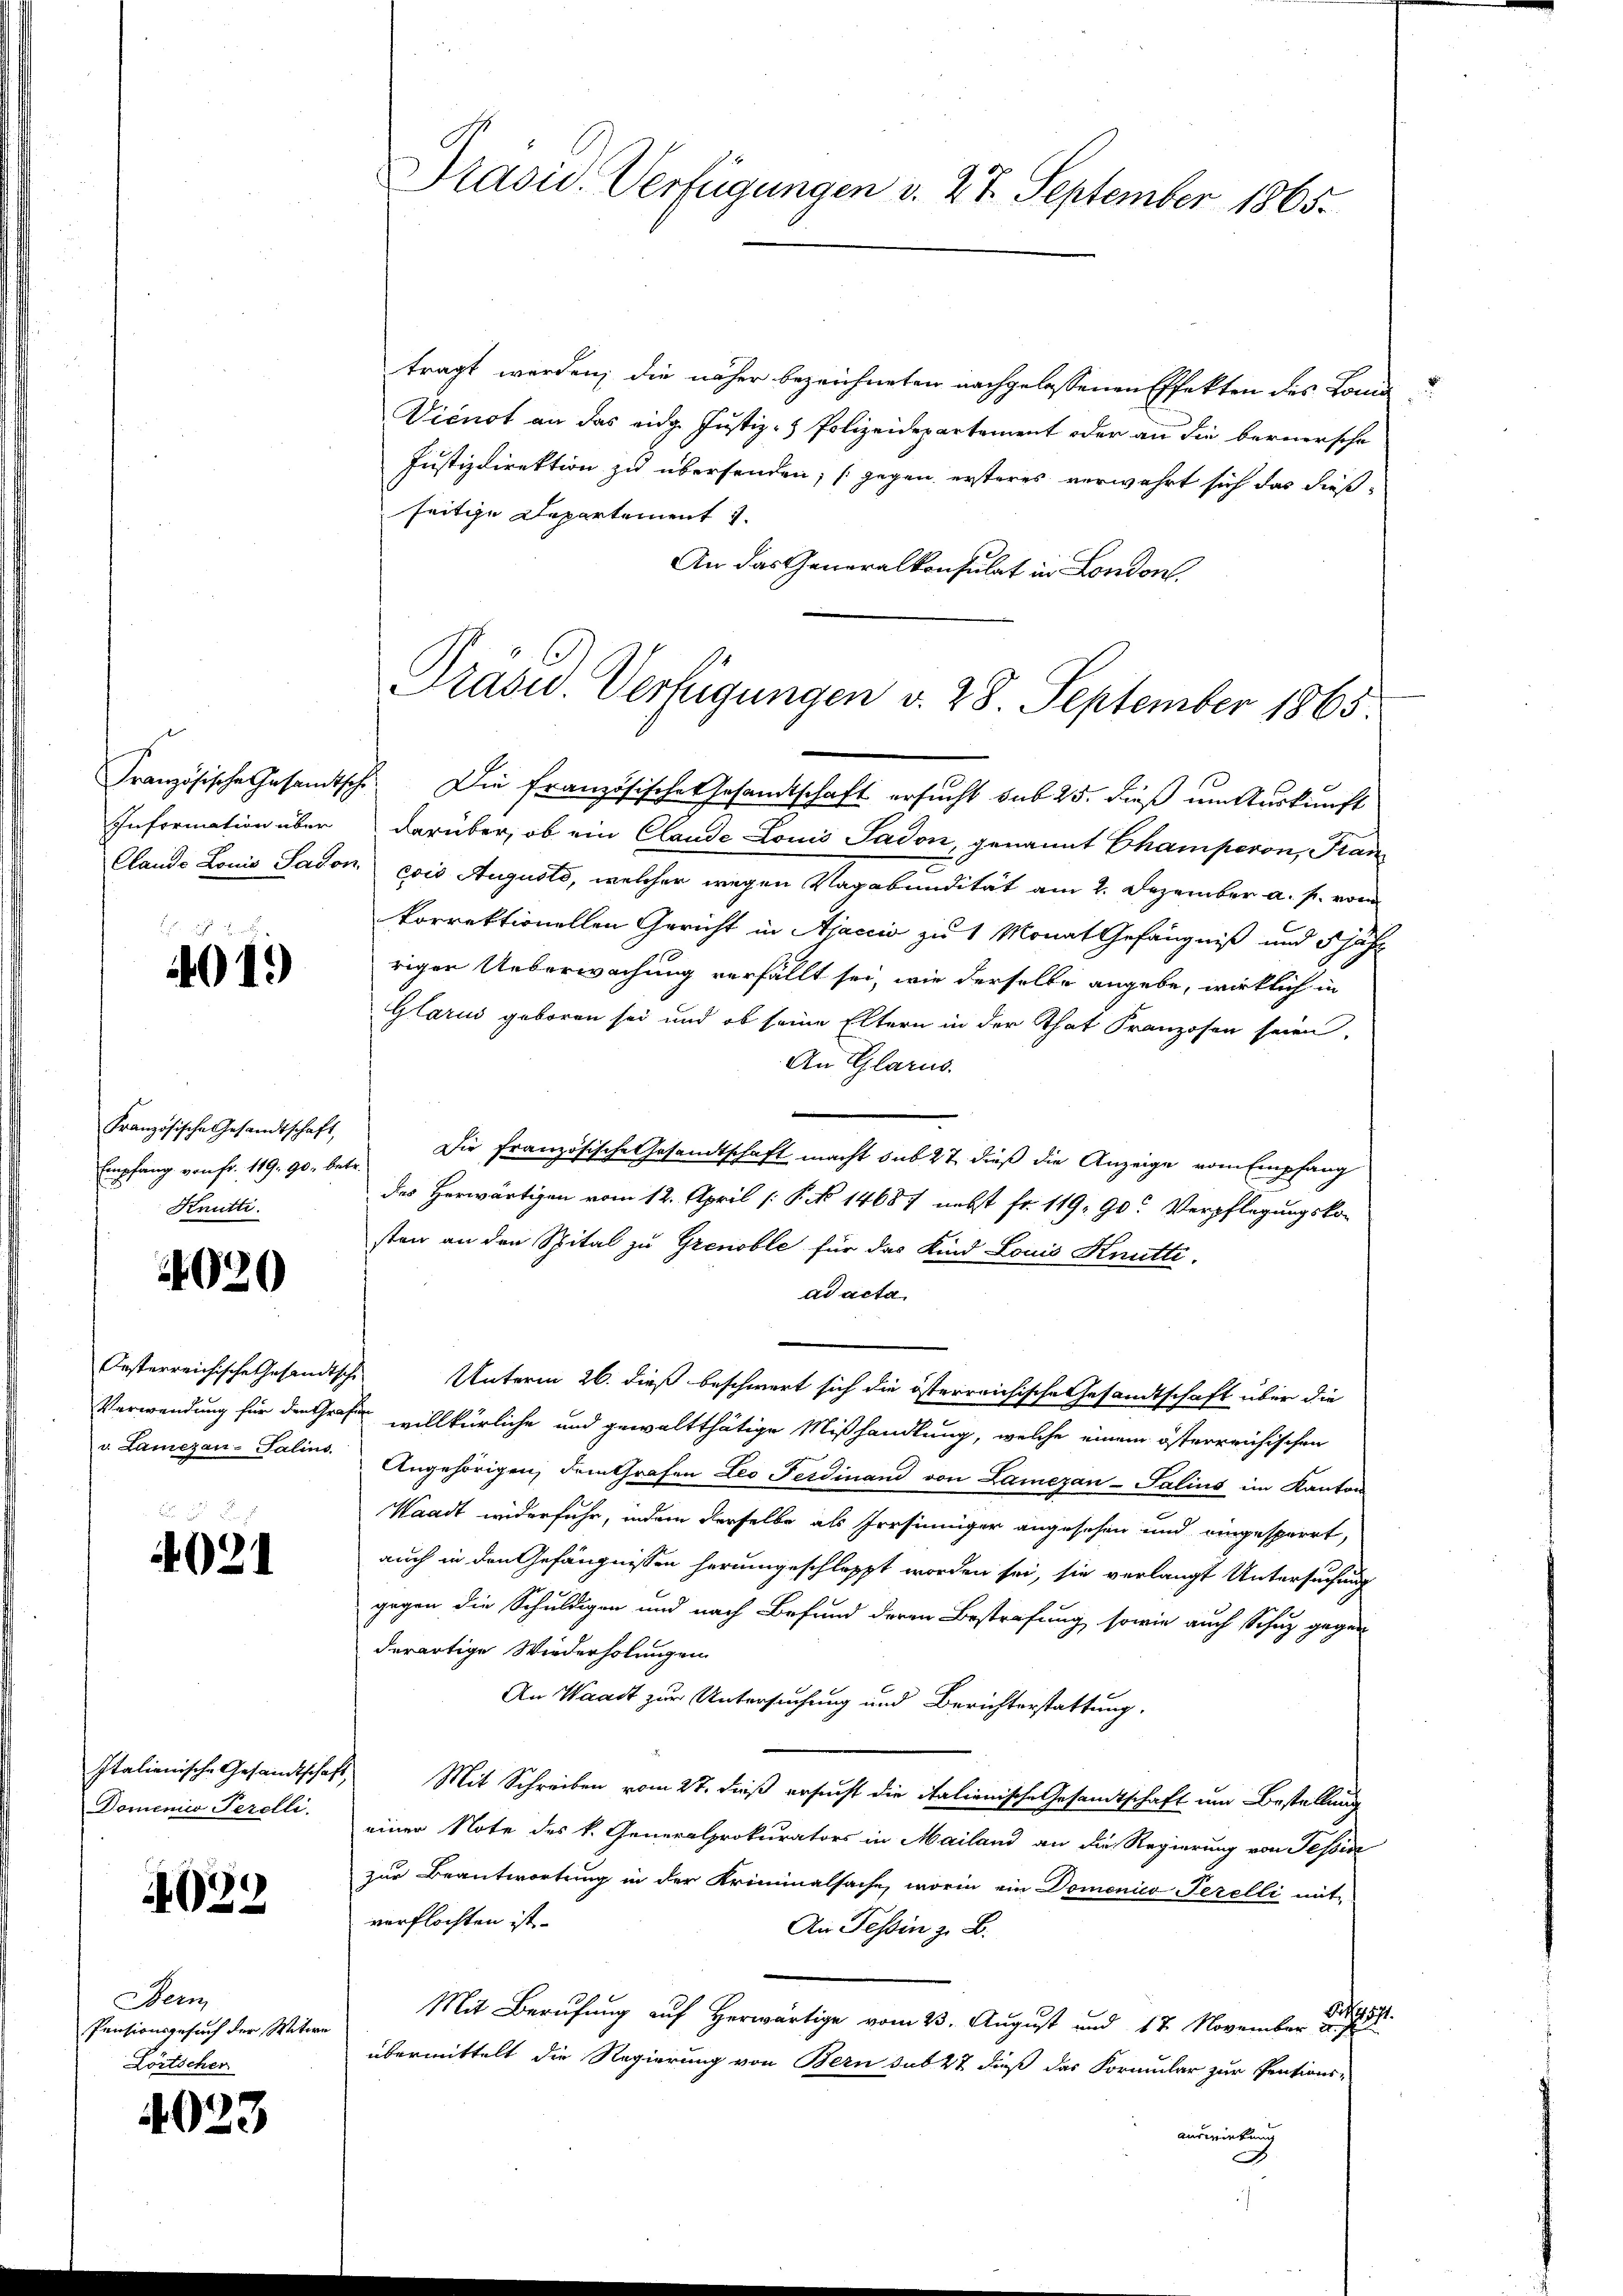
Information über

4019

Französische Gesandtschaft,
Empfang von fr. 119. 90. betr.
Knütti.

2020

Oesterreichische Gesandtsche
v. Lamezan-Salins.

4021

Domenio Perelli.

629

Sem
Pensionsgesuch der Witwe
Lörtscher

4023

tragt werden; die näher bezeichneten nachgelassenen Effekten des Land¬
Dienst an das eidg. Justiz- & Polizeidepartement oder an die bernersche
Justizdirektion zu übersenden; (gegen ersteres verwahrt sich das dießseitige Departement
An das Generalkonsulat in London
Französische Gesamtsche. Die französische Gesamtschaft ersucht sub 25. dieß um Auskunft
darüber, ob ein Claude Louis Sadon, genannt Champeron, Fran
.
Clande Louis Sadon, cois Augusts, welcher wegen Vagabundität am 2. Dezember a. p. vom
korrektionellen Gericht in Ajaccio zu 1 Monat Gefängniß und 5 jähr
rigen Ueberwachung verfällt sei, wie derselbe angebe, wirklich in
Glarus geboren sei und ob seine Eltern in der That Franzosen seien,
An Glarus.
Die Französische Gesandtschaft macht sub 27 dieß die Anzeige vom Empfang
des Herwärtigen vom 12. April /: P. No 14687 nebst fr. 119, 90. Verpflegungsko-
sten an den Spital zu Grenoble für das Kind Louis Knütti.
ad acta
Unterm 26. dieß beschwert sich die österreichische Gesandtschaft über die
Verwendung für den Grafen willkürliche und gewaltthätige Mißhandlung, welche einem österreichischen
Angehörigen, dem Grafen Leo Ferdinand von Lamezan-Salins im Kanton
Waadt widerfuhr, indem derselbe als Presinniger angesehen und eingesperrt,
auch in den Gefängnissen herumgeschleppt worden sei, sie verlangt Untersuchung
gegen die Schuldigen und nach Befund deren Bestrafung sowie auch Schuz gegen
derartige Wiederholungen
An Waadt zur Untersuchung und Berichterstattung.
Italienische Gesandtschaft, Mit Schreiben vom 27. dieß ersucht die italienische Gesamtschaft um Bestellung
einer Note des k. Generalprokurators in Mailand an die Regierung von Tessin
zur Beantwortung in der Kriminalsache, worin ein Domenico Perelli mit
verflochten ist.
An Tessin z. B.
Schaft.
Mit Berufung auf Herwärtige vom 23. August und 17. November u. J
übermittelt die Regierung von Bern sub 27 dieß das Formular zur Pensions-
ausmietung

Präsid. Verfügungen d. 27. September 1865.

Präsid. Verfügungen v. 28. September 1865.